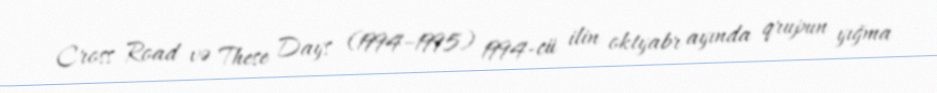
Cross Road və These Days (1994–1995) 1994-cü ilin oktyabr ayında qrupun yığma